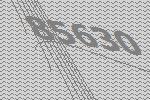
85630